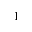
^ 1